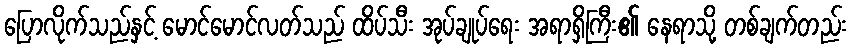
ပြောလိုက်သည်နှင့် မောင်မောင်လတ်သည် ထိပ်သီး အုပ်ချုပ်ရေး အရာရှိကြီး၏ နေရာသို့ တစ်ချက်တည်း